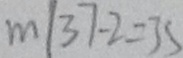
m \vert 3 7 - 2 = 3 5